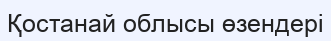
Қостанай облысы өзендері